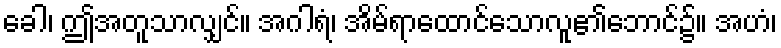
ခေါ၊ ဤအတူသာလျှင်။ အဂါရံ၊ အိမ်ရာထောင်သောလူ၏ဘောင်၌။ အဟံ၊